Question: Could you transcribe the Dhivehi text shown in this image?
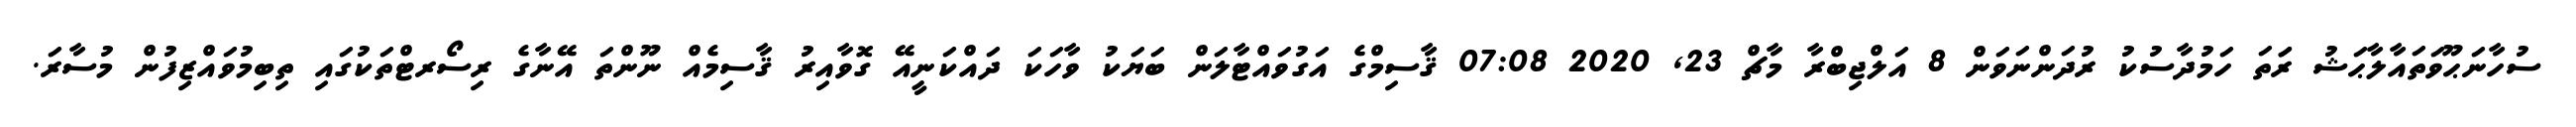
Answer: ސުހާނަޙޫވަތައާލާޙަޝު ރަަތަ ހަމުދާސުކު ރުދަންނަވަން 8 އަލްޖިބްރާ މާޗް 23, 2020 07:08 ޤާސިމްގެ އަގުވައްޓާލަން ބަޔަކު ވާހަކަ ދައްކަނީއޭ ގޮވާއިރު ޤާސިމެއް ނޫންތަ އޭނާގެ ރިސޯރޓްތަކުގައި ތިބިމުވައްޒިފުން މުސާރަ.